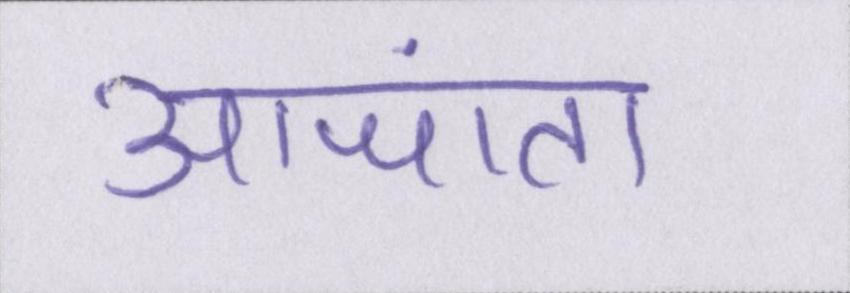
आजा॑ता